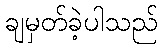
ချမှတ်ခဲ့ပါသည်